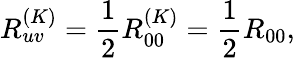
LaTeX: R_{uv}^{(K)}=\frac{1}{2}R_{00}^{(K)}=\frac{1}{2}R_{00},